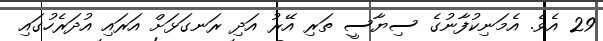
29 އެވެ. އެމަނިކުފާނުގެ ސިޔާސީ ތަރި އޭރު އަދި ރަނގަޅަށް އަރައި އުދަރެހުގައި